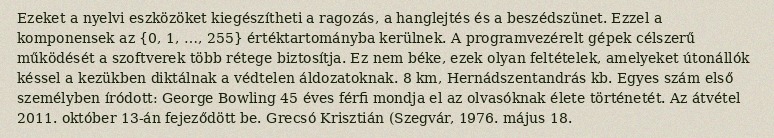
Ezeket a nyelvi eszközöket kiegészítheti a ragozás, a hanglejtés és a beszédszünet. Ezzel a komponensek az {0, 1, …, 255} értéktartományba kerülnek. A programvezérelt gépek célszerű működését a szoftverek több rétege biztosítja. Ez nem béke, ezek olyan feltételek, amelyeket útonállók késsel a kezükben diktálnak a védtelen áldozatoknak. 8 km, Hernádszentandrás kb. Egyes szám első személyben íródott: George Bowling 45 éves férfi mondja el az olvasóknak élete történetét. Az átvétel 2011. október 13-án fejeződött be. Grecsó Krisztián (Szegvár, 1976. május 18.